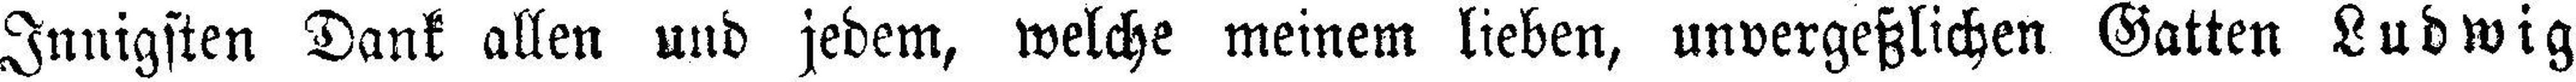
Innigsten Dank allen und jedem, welche meinem lieben, unvergeßlichen Gatten Ludwig